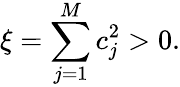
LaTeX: \xi=\sum_{j=1}^{M}c_{j}^{2}>0.